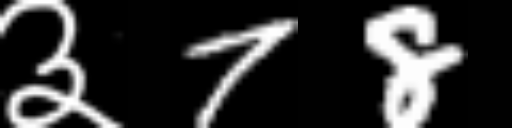
Text: ३78